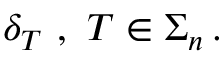
\delta _ { T } \ , \ T \in \Sigma _ { n } \, .